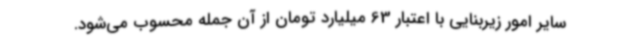
سایر امور زیربنایی با اعتبار 63 میلیارد تومان از آن جمله محسوب می‌شود.